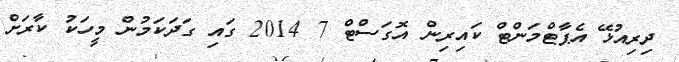
ދިރިއުޅޭ އެޕާޓްމަންޓް ކައިރިން އޮގަސްޓް 7 2014 ގައި ގަދަކަމުން މީހަކު ކާރަށް